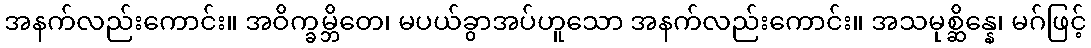
အနက်လည်းကောင်း။ အဝိက္ခမ္ဘိတေ၊ မပယ်ခွာအပ်ဟူသော အနက်လည်းကောင်း။ အသမုစ္ဆိန္နေ၊ မဂ်ဖြင့်